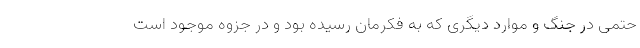
حتمی در جنگ و موارد دیگری که به فکرمان رسیده بود و در جزوه موجود است